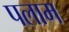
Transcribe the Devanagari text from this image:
पलाम